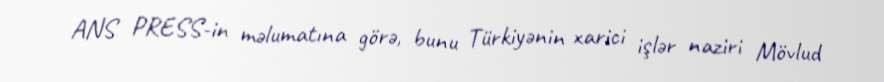
ANS PRESS-in məlumatına görə, bunu Türkiyənin xarici işlər naziri Mövlud